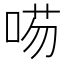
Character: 㖴